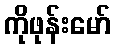
ကိုဖုန်းမော်